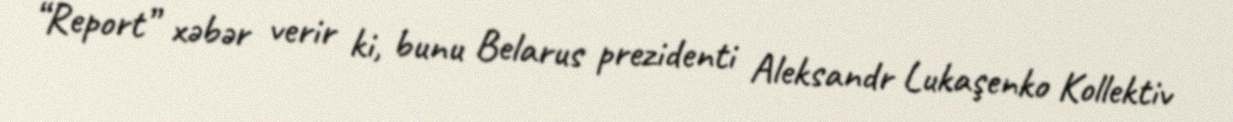
“Report” xəbər verir ki, bunu Belarus prezidenti Aleksandr Lukaşenko Kollektiv